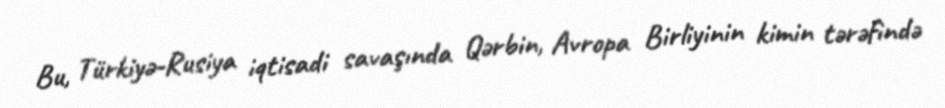
Bu, Türkiyə-Rusiya iqtisadi savaşında Qərbin, Avropa Birliyinin kimin tərəfində